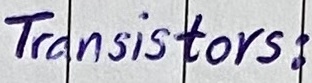
Text: Transistors: